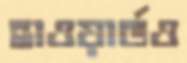
হাওয়ার্ডও